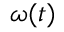
\boldsymbol { \omega } ( t )